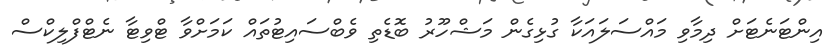
އިންޓަނެޓަށް ދިމާވި މައްސަލައަކާ ގުޅިގެން މަޝްހޫރު ބޮޑެތި ވެބްސައިޓުތައް ކަމަށްވާ ޓްވިޓާ ނެޓްފްލިކްސް